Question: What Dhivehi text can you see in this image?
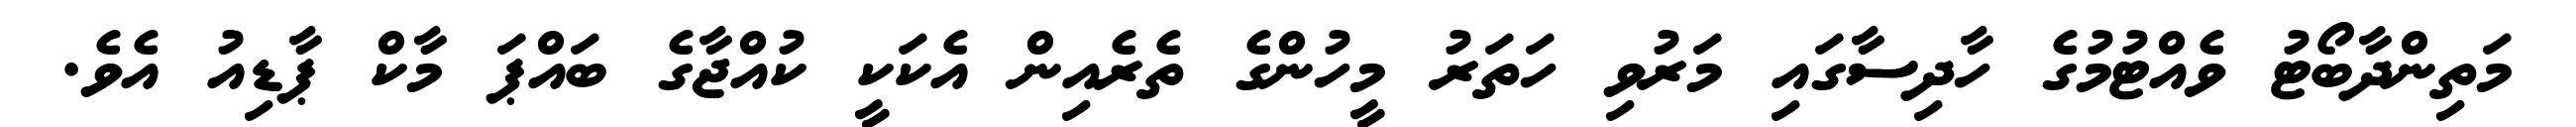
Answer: މަތިންދާބޯޓު ވެއްޓުމުގެ ހާދިސާގައި މަރުވި ހަތަރު މީހުންގެ ތެރެއިން އެކަކީ ކުއްޖާގެ ބައްޕަ މާކް ޕާޑިއު އެވެ.